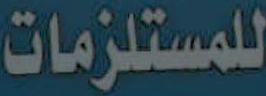
للمستلزمات